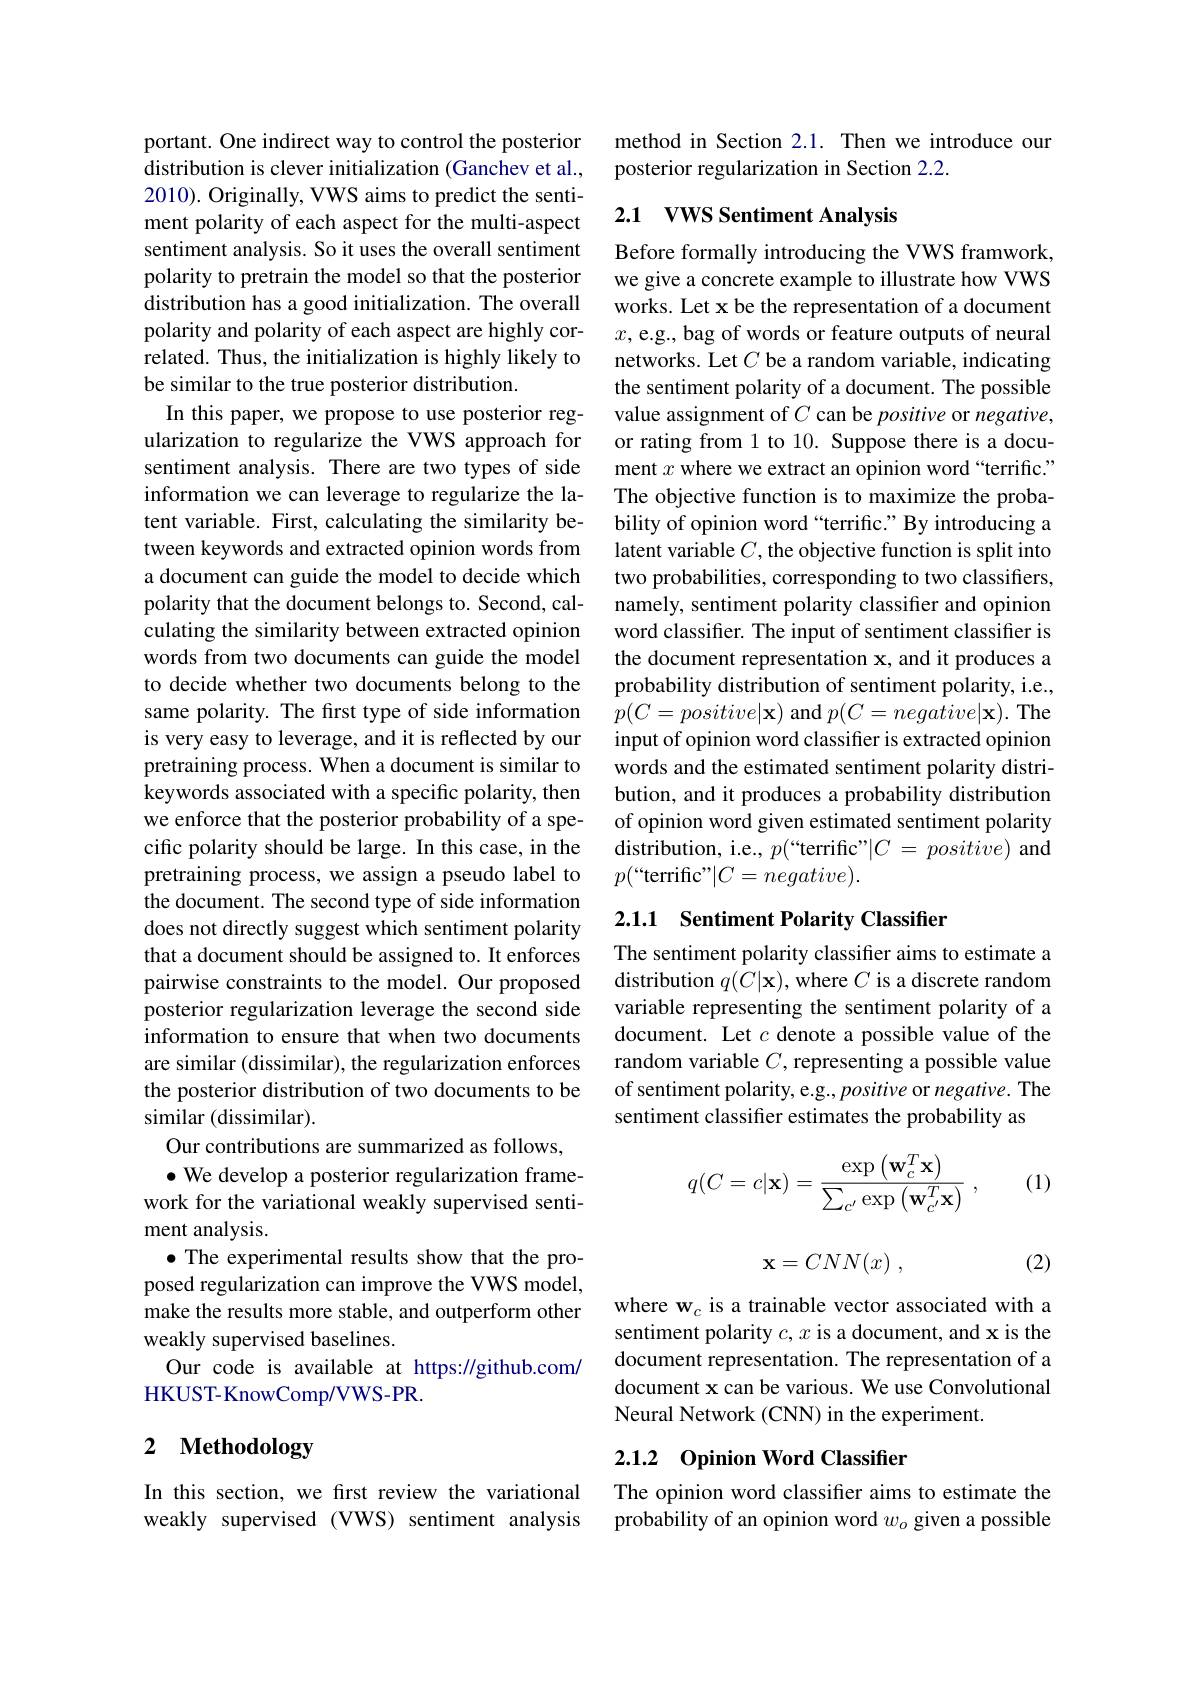
portant. One indirect way to control the posterior distribution is clever initialization (Ganchev et al., 2010). Originally, VWS aims to predict the sentiment polarity of each aspect for the multi-aspect sentiment analysis. So it uses the overall sentiment polarity to pretrain the model so that the posterior distribution has a good initialization. The overall polarity and polarity of each aspect are highly correlated. Thus, the initialization is highly likely to be similar to the true posterior distribution.
In this paper, we propose to use posterior regularization to regularize the VWS approach for sentiment analysis. There are two types of side information we can leverage to regularize the latent variable. First, calculating the similarity between keywords and extracted opinion words from a document can guide the model to decide which polarity that the document belongs to. Second, calculating the similarity between extracted opinion words from two documents can guide the model to decide whether two documents belong to the same polarity. The first type of side information is very easy to leverage, and it is reflected by our pretraining process. When a document is similar to keywords associated with a specific polarity, then we enforce that the posterior probability of a specific polarity should be large. In this case, in the pretraining process, we assign a pseudo label to the document. The second type of side information does not directly suggest which sentiment polarity that a document should be assigned to. It enforces pairwise constraints to the model. Our proposed posterior regularization leverage the second side information to ensure that when two documents are similar (dissimilar), the regularization enforces the posterior distribution of two documents to be similar (dissimilar).
Our contributions are summarized as follows,
$\bullet$ We develop a posterior regularization framework for the variational weakly supervised sentiment analysis.
$\bullet$ The experimental results show that the proposed regularization can improve the VWS model, make the results more stable, and outperform other weakly supervised baselines.
Our code is available at https://github.com/
HKUST- KnowComp/ VWS- PR.

## 2 Methodology

In this section, we frst review the variational weakly supervised (VWS) sentiment analysis

method in Section 2.1. Then we introduce our
posterior regularization in Section 2.2.

## 2.1 VWS Sentiment Analysis

Before formally introducing the VWS framwork, we give a concrete example to illustrate how VWS works. Let x be the representation of a document $x$,e.g., bag of words or feature outputs of neural networks. Let $C$ be a random variable, indicating the sentiment polarity of a document. The possible value assignment of $C$ can be positive or negative, or rating from 1 to 10. Suppose there is a document $x$ where we extract an opinion word“terrific.” The objective function is to maximize the probability of opinion word “terrific.” By introducing a latent variable $C$, the objective function is split into two probabilities, corresponding to two classifiers, namely, sentiment polarity classifier and opinion word classifier. The input of sentiment classifier is the document representation x, and it produces a probability distribution of sentiment polarity, i.e., $p(C=positive|\mathbf{x})$ and $p(C=negative|\mathbf{x}).$ The input of opinion word classifer is extracted opinion words and the estimated sentiment polarity distribution, and it produces a probability distribution of opinion word given estimated sentiment polarity distribution, i.e., $p(``$terrific"$| C= \textit{positive) and}$ $p($“terrific”$|C=negative).$

## 2.1.1 Sentiment Polarity Classifier

The sentiment polarity classifier aims to estimate a distribution $q(C|\mathbf{x})$, where $C$ is a discrete random variable representing the sentiment polarity of a document. Let $c$ denote a possible value of the random variable $C$, representing a possible value of sentiment polarity, e.g., positive or negative. The sentiment classifier estimates the probability as
$$q(C=c|\mathbf{x})=\frac{\exp\left(\mathbf{w}_{c}^{T}\mathbf{x}\right)}{\sum_{c^{\prime}}\exp\left(\mathbf{w}_{c^{\prime}}^{T}\mathbf{x}\right)}\:,$$
(1)

(2)
$$\mathbf{x}=CNN(x)\:,$$
where w$_c$ is a trainable vector associated with a sentiment polarity $c,x$ is a document, and x is the document representation. The representation of a document x can be various. We use Convolutional Neural Network (CNN) in the experiment.

## 2.1.2 Opinion Word Classifier

The opinion word classifer aims to estimate the probability of an opinion word $w_o$ given a possible